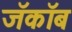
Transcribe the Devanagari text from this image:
जॅकॉब